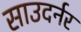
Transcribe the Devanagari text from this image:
साउदर्नर